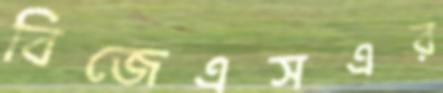
বিজেএসএর